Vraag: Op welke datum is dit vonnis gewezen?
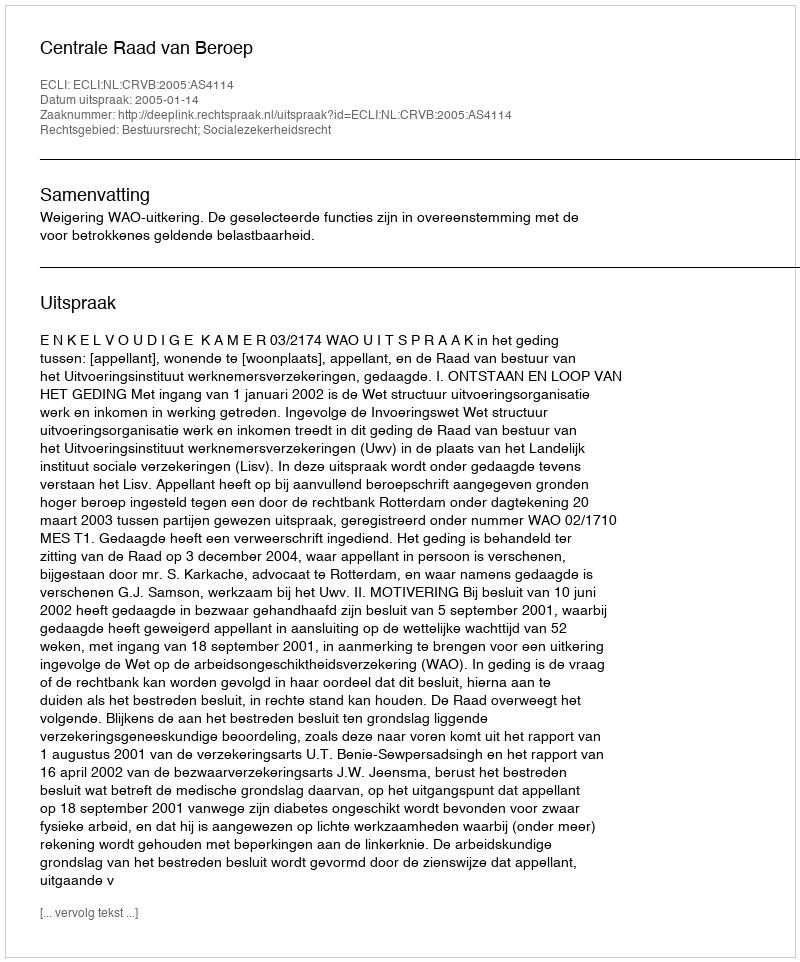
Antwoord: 2005-01-14